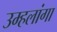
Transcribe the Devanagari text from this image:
उम्हलांगा